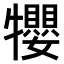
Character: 𤜉